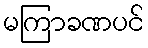
မကြာခဏပင်